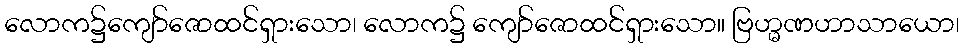
လောက၌ကျော်ဇောထင်ရှားသော၊ လောက၌ ကျော်ဇောထင်ရှားသော။ ဗြဟ္မဏဟာသာယော၊